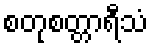
စတုစတ္တာရီသံ